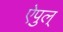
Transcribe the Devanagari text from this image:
ऐपुल्‌